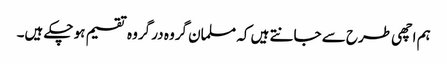
ہم اچھی طرح سے جانتے ہیں کہ مسلمان گروہ در گروہ تقسیم ہو چکے ہیں۔